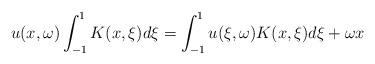
LaTeX: \begin{align*}u(x,\omega)\int_{-1}^1 K(x,\xi)d\xi=\int_{-1}^1u(\xi,\omega)K(x,\xi)d\xi+\omega x\end{align*}